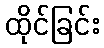
ထိုင်ခြင်း